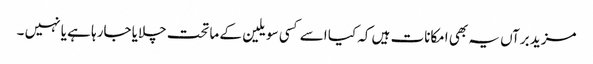
مزید برآں یہ بھی امکانات ہیں کہ کیا اسے کسی سویلین کے ماتحت چلایا جارہا ہے یا نہیں ۔